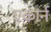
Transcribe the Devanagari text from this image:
एकार्न